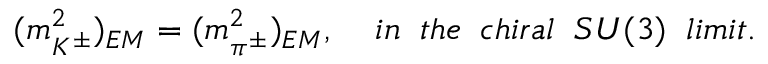
( m _ { K ^ { \pm } } ^ { 2 } ) _ { E M } = ( m _ { \pi ^ { \pm } } ^ { 2 } ) _ { E M } , \; \; \; \; { i n \; \; t h e \; \; c h i r a l \; \; S U ( 3 ) \; \; l i m i t . }